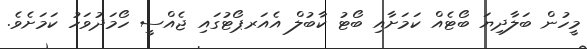
މީހުން ބަލާދިޔަ ބޯޓެއް ކަމަށާއި ބޯޓު ކާބުލް އެއަރޕޯޓުގައި ޖެއްސީ ހޯމަދުވަހު ކަމަށެވެ.